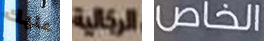
عليك الرجالية الخاص